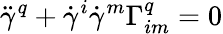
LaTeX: {\ddot{\gamma}}^{q}+{\dot{\gamma}}^{i}{\dot{\gamma}}^{m}\Gamma_{im}^{q}=0